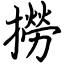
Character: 撈